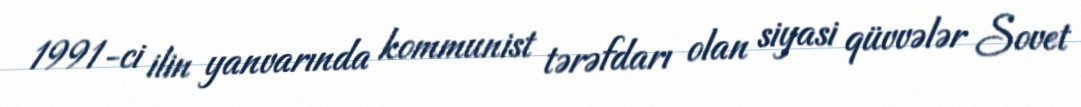
1991-ci ilin yanvarında kommunist tərəfdarı olan siyasi qüvvələr Sovet